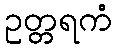
ဥတ္တရကံ